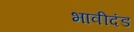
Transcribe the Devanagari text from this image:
भावीदंड